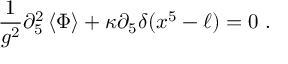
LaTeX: { \frac { 1 } { g ^ { 2 } } } \partial _ { 5 } ^ { 2 } \left\langle { \Phi } \right\rangle + \kappa \partial _ { 5 } \delta ( x ^ { 5 } - \ell ) = 0 \ .